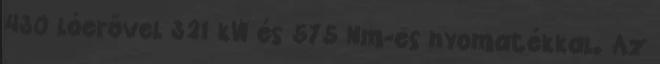
430 lóerővel 321 kW és 575 Nm-es nyomatékkal. Az